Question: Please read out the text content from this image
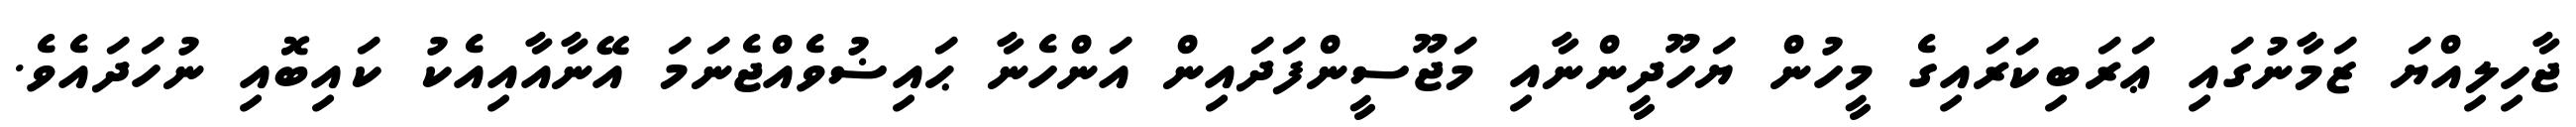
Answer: ޖާހިލިއްޔަ ޒަމާނުގައި ޢަރަބިކަރައިގެ މީހުން ޔަހޫދީންނާއި މަޖޫސީންފަދައިން އަންހެނާ ޙައިޟުވެއްޖެނަމަ އޭނާއާއިއެކު ކައިބޮއި ނުހަދައެވެ.